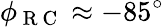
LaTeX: \phi_{\mathrm{~R~C~}}\approx-85^{\circ}